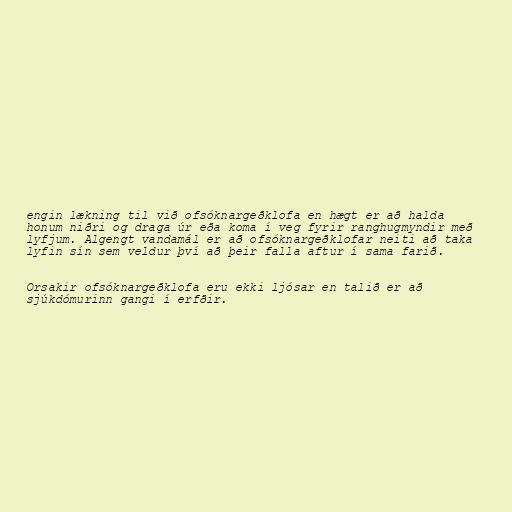
engin lækning til við ofsóknargeðklofa en hægt er að halda
honum niðri og draga úr eða koma í veg fyrir ranghugmyndir með
lyfjum. Algengt vandamál er að ofsóknargeðklofar neiti að taka
lyfin sín sem veldur því að þeir falla aftur í sama farið.

Orsakir ofsóknargeðklofa eru ekki ljósar en talið er að
sjúkdómurinn gangi í erfðir.